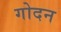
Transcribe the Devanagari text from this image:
गोदन